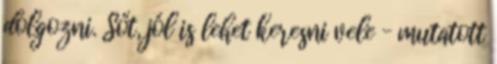
dolgozni. Sőt, jól is lehet keresni vele – mutatott